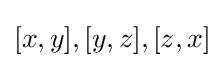
[x,y],[y,z],[z,x]